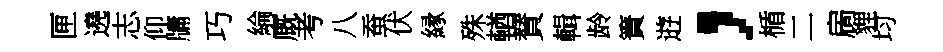
匣遶志仰牗巧綸廐考八蚕伏縁殊輶賛輯龄簀逰，楯二扄貍均